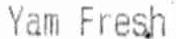
YAM FRESH